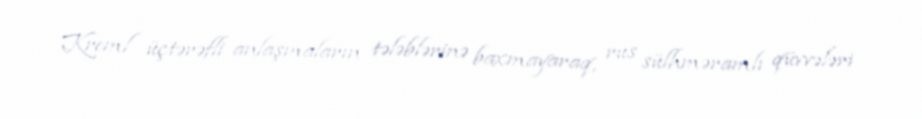
Kreml üçtərəfli anlaşmaların tələblərinə baxmayaraq, rus sülhməramlı qüvvələri